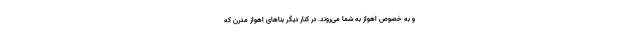
و به خصوص اهواز به شما می‌روند. در کنار دیگر بناهای اهوازِ مدرن که